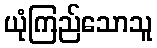
ယုံကြည်သောသူ